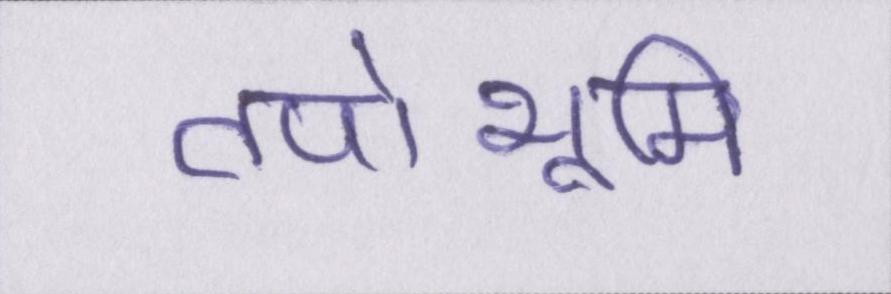
तपोभूमि